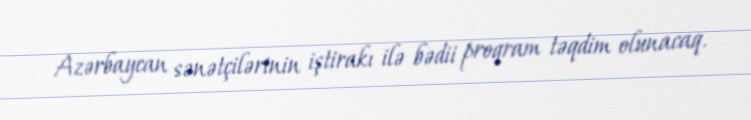
Azərbaycan sənətçilərinin iştirakı ilə bədii proqram təqdim olunacaq.